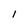
Character: l